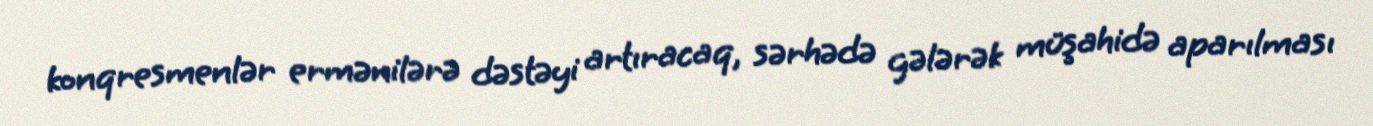
konqresmenlər ermənilərə dəstəyi artıracaq, sərhədə gələrək müşahidə aparılması